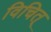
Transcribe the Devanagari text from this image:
विचित्